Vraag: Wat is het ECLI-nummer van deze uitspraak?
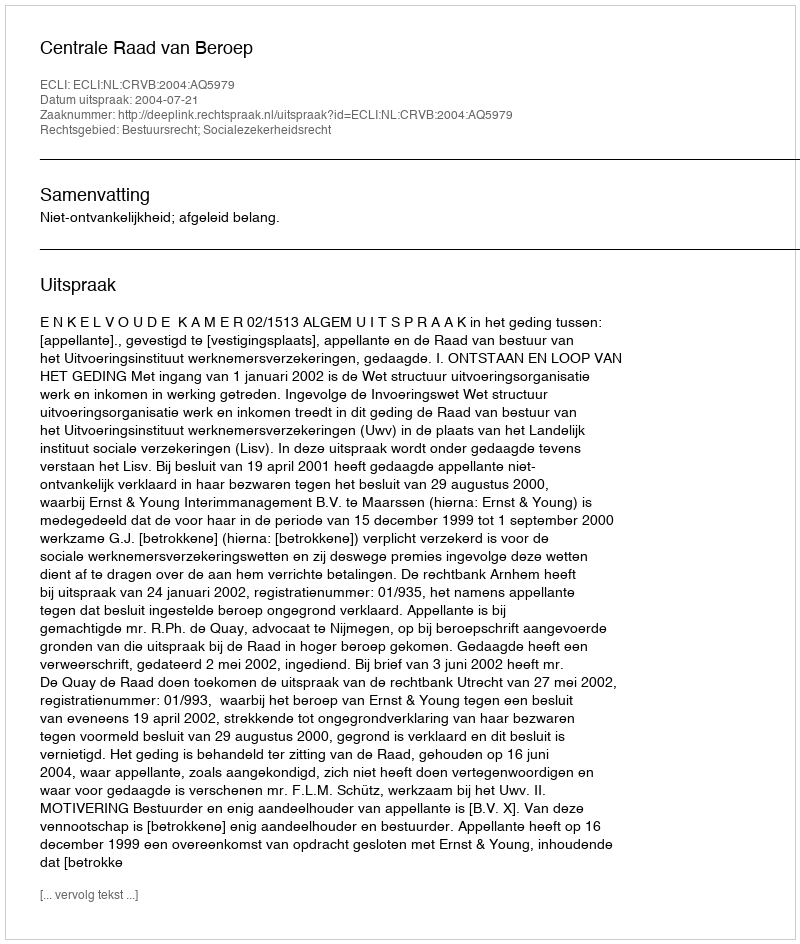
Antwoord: ECLI:NL:CRVB:2004:AQ5979